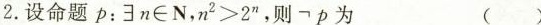
2.设命题p： $$\existsn \in N , n ^ { 2 } > 2 ^ { n }$$ ，则p为 ()